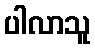
ပါလာသူ